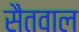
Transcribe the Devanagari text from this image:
सैतवाल